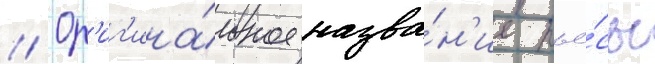
// Ор'иг'ина́льное назва́н'ие пье́сы